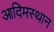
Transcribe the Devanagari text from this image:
आदिमस्थान